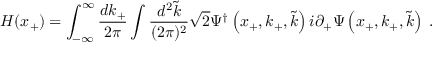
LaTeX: H ( x _ { + } ) = \int _ { - \infty } ^ { \infty } { \frac { d k _ { + } } { 2 \pi } } \int { \frac { d ^ { 2 } \widetilde { k } } { ( 2 \pi ) ^ { 2 } } } \sqrt { 2 } \Psi ^ { \dagger } \left( x _ { + } , k _ { + } , \widetilde { k } \right) i \partial _ { + } \Psi \left( x _ { + } , k _ { + } , \widetilde { k } \right) \; .